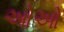
ઓઓ